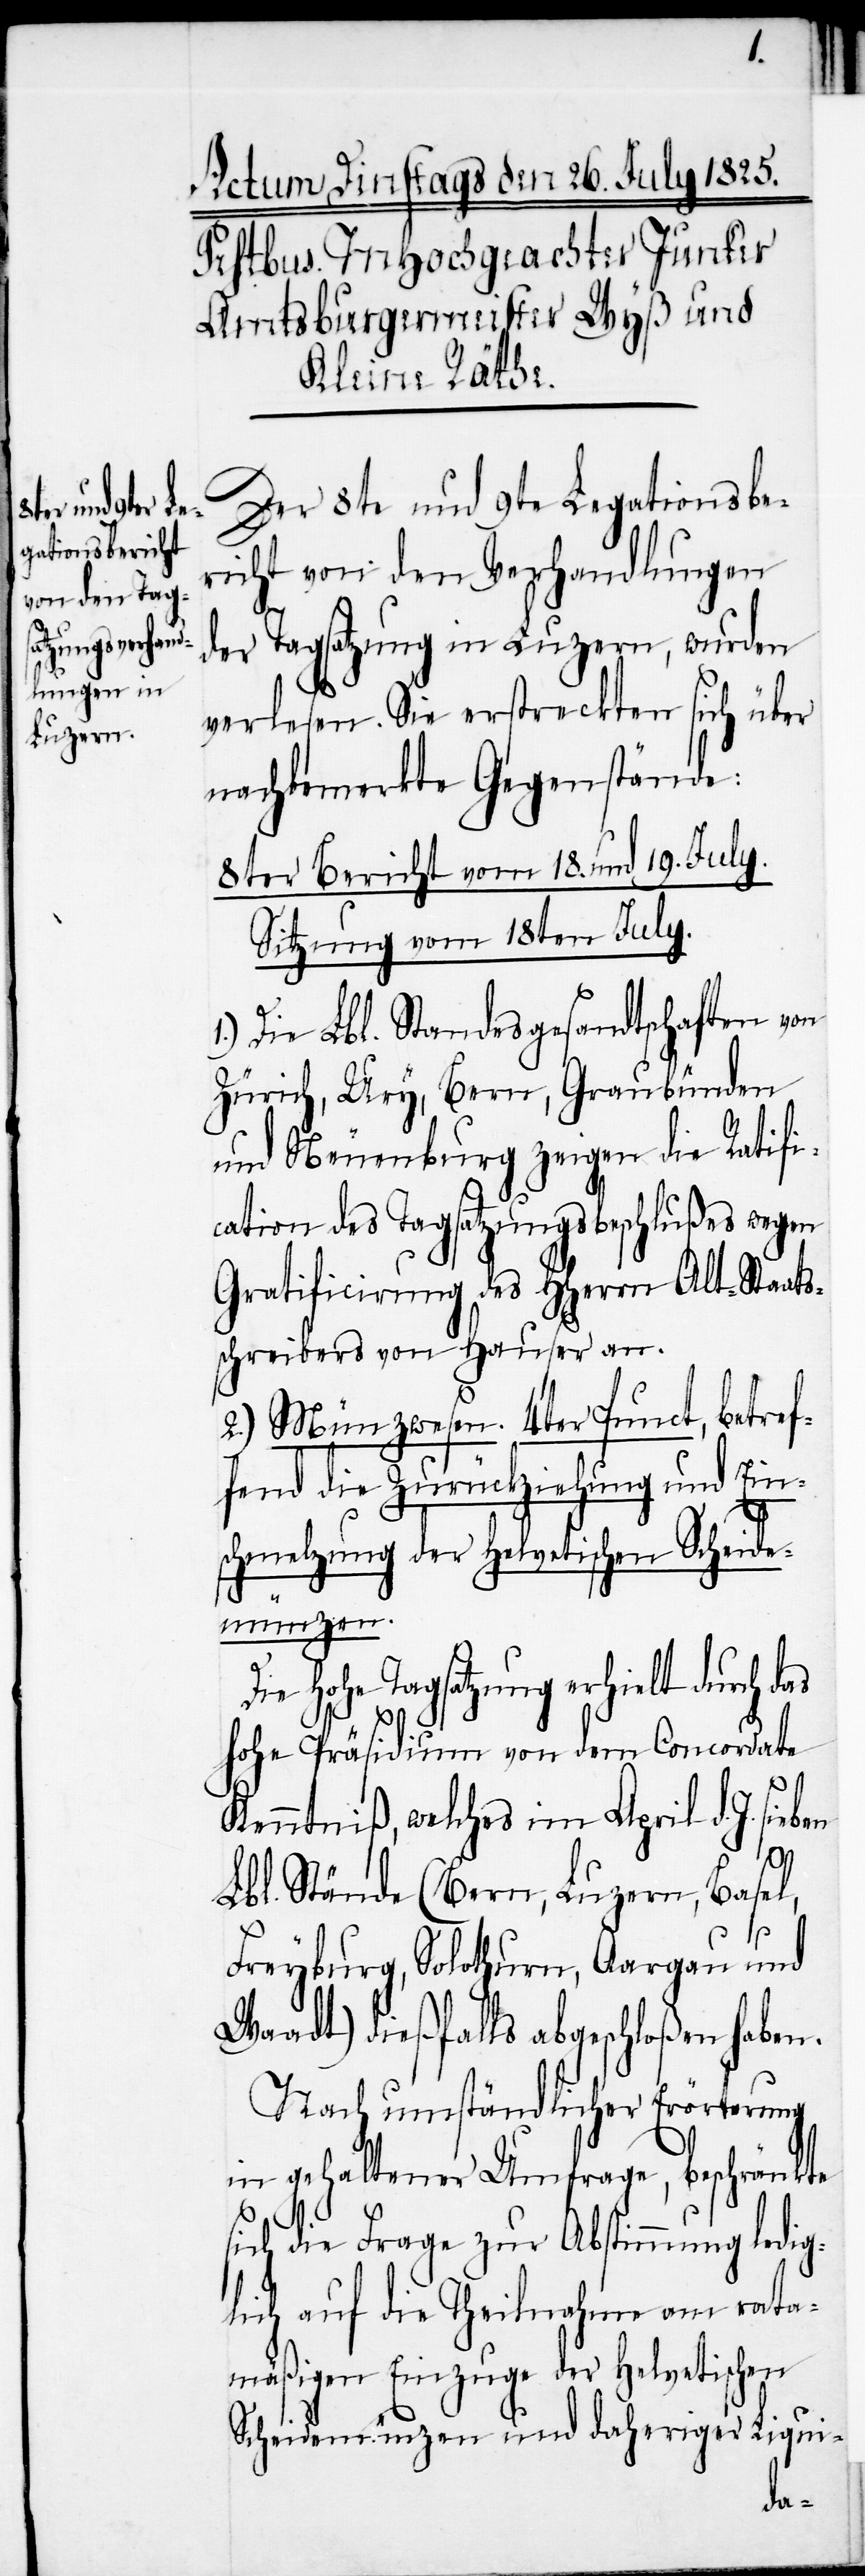
Der 8te und 9te Legationsbe¬
richt von den Verhandlungen
der Tagsatzung in Luzern, wurden
verlesen. Sie erstreckten sich über
nachbemerkte Gegenstände:
8ter Bericht vom 18. und 19. July.
Sitzung vom 18ten July.
1.) Die Lbl. Standesgesandtschaften von
Zürich, Ury, Bern, Graubünden
und Neuenburg zeigen die Ratifi¬
cation des Tagsatzungsbeschlußes wegen
Gratificirung des HHerr Alt-Staats¬
schreibers von Hauser an.
2.) Münzwesen. 4ter Punct, betref¬
fend die Zurückziehung und Ein¬
schmelzung der helvetischen Scheide¬
münzen.
Die hohe Tagsatzung erhielt durch das
hohe Präsidium von dem Concordate
Kenntniß, welche im April d. J.
Lbl. Stände (Bern, Luzern, Basel,
Freyburg, Solothurn, Aargau und
Waadt) dießfalls abgeschloßen haben.
Nach umständlicher Erörterung
in gehaltener Umfrage, beschränkte
sich die Frage zur Abstimmung ledig¬
lich auf die Theilnahme am rata¬
mäßigen Einzuge der helvetischen
Scheidemünzen und daheriger Liqui-